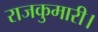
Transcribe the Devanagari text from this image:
राजकुमारी।